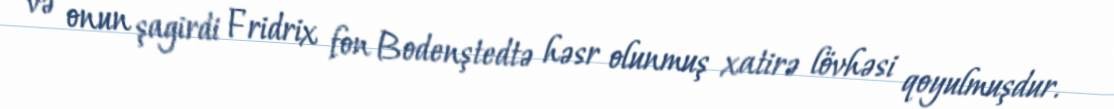
və onun şagirdi Fridrix fon Bodenştedtə həsr olunmuş xatirə lövhəsi qoyulmuşdur.